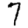
Digit: 7